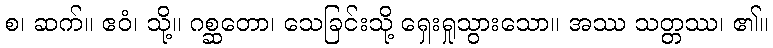
စ၊ ဆက်။ ဧဝံ၊ သို့။ ဂစ္ဆတော၊ သေခြင်းသို့ ရှေးရှုသွားသော။ အဿ သတ္တဿ၊ ၏။